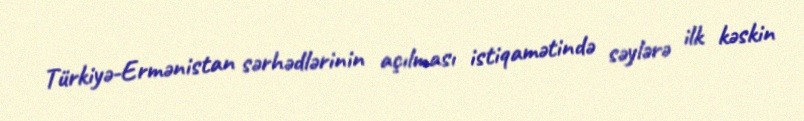
Türkiyə-Ermənistan sərhədlərinin açılması istiqamətində səylərə ilk kəskin